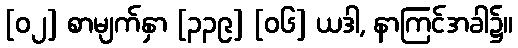
[၀၂] စာမျက်နှာ [၃၃၉] [၀၆] ယဒါ, နာကြင်အခါ၌။